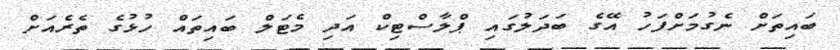
ބައިތަށް ނެގުމަށްފަހު އޭގެ ބަދަލުގައި ޕްލާސްޓިކް އަދި މެޓަލް ބައިތައް ހުޅުގެ ތެރެއަށް